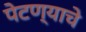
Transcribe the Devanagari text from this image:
पेटण्याचे